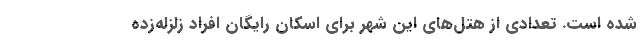
شده است. تعدادی از هتل‌های این شهر برای اسکان رایگان افراد زلزله‌زده